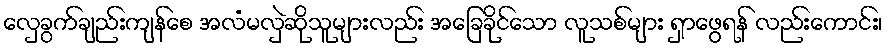
လှေခွက်ချည်းကျန်စေ အလံမလှဲဆိုသူများလည်း အခြေခိုင်သော လူသစ်များ ရှာဖွေရန် လည်းကောင်း၊